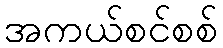
အကယ်စင်စစ်